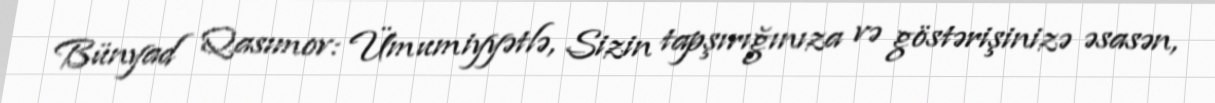
Bünyad Qasımov: Ümumiyyətlə, Sizin tapşırığınıza və göstərişinizə əsasən,